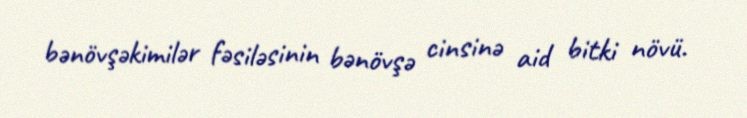
bənövşəkimilər fəsiləsinin bənövşə cinsinə aid bitki növü.